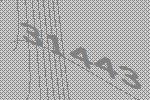
31443